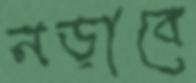
নড়াবে